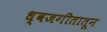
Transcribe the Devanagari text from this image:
ध्वजगीतातून